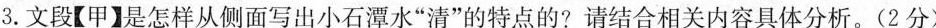
3.文段【甲】是怎样从侧面写出小石潭水”清”的特点的?请结合相关内容具体分析。(2分)